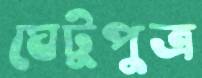
ঘেটুপুত্র